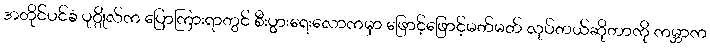
အတိုင်ပင်ခံ ပုဂ္ဂိုလ်က ပြောကြားရာတွင် စီးပွားရေးလောကမှာ ဖြောင့်ဖြောင့်မတ်မတ် လုပ်တယ်ဆိုတာကို ကမ္ဘာက